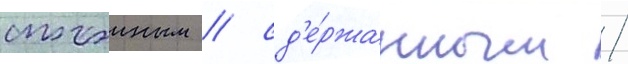
спокоиным / сд'е́ржанным /